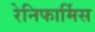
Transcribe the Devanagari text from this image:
रेनिफार्मिस